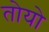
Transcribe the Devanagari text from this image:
तोयो